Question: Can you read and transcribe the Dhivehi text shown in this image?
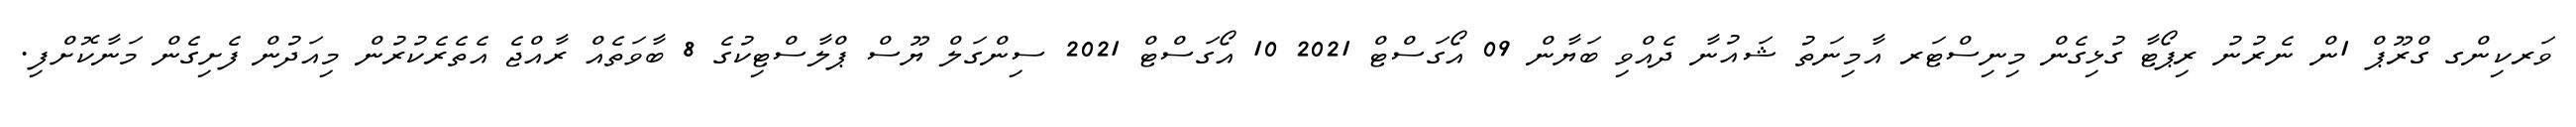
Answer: ވަރކިންގ ގްރޫޕް 1ން ނެރުނު ރިޕޯޓާ ގުޅިގެން މިނިސްޓަރ އާމިނަތު ޝައުނާ ދެއްވި ބަޔާން 09 އޯގަސްޓް 2021 10 އޯގަސްޓް 2021 ސިންގަލް ޔޫސް ޕްލާސްޓިކުގެ 8 ބާވަތެއް ރާއްޖެ އެތެރެކުރުން މިއަދުން ފެށިގެން މަނާކޮށްފި.